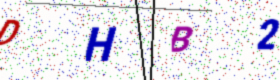
Text: DHB2